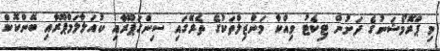
މި ޕްރޮމޯޝަނުގެ ދަށުން ޓިކެޓު ވިއްކާ މަންޒިލްތަކުގެ ތެރޭގައި ސިންގަޕޫރާއި ކުއަލާލަމްޕޫރާއި ބޭންކޮކް